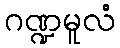
ဂဏ္ဍမူလံ